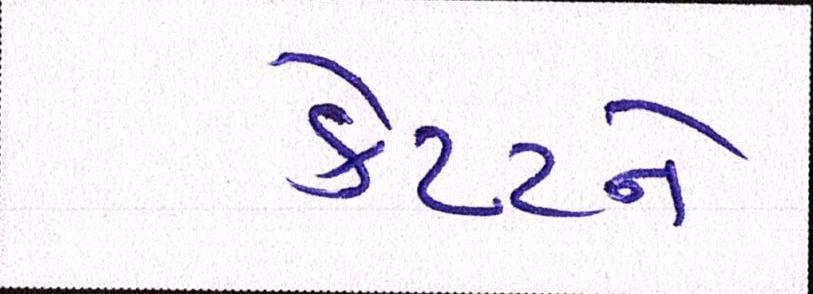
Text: કેપ્ટને